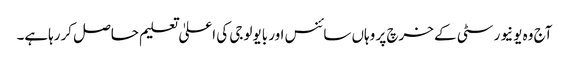
آج وہ یونیورسٹی کے خرچ پر وہاں سائنس اور بایولوجی کی اعلیٰ تعلیم حاصل کررہاہے۔